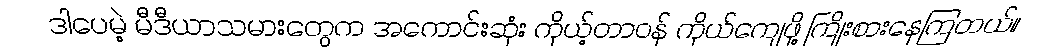
ဒါပေမဲ့ မီဒီယာသမားတွေက အကောင်းဆုံး ကိုယ့်တာဝန် ကိုယ်ကျေဖို့ ကြိုးစားနေကြတယ်။